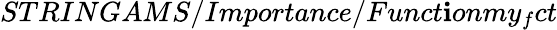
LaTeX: STRINGAMS/Importance/Funct\mathbf{i}onmy_{f}ct